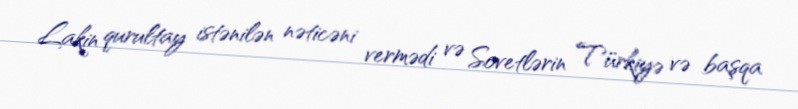
Lakin qurultay istənilən nəticəni vermədi və Sovetlərin Türkiyə və başqa